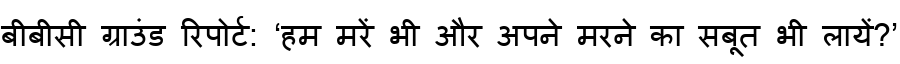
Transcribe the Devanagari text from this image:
बीबीसी ग्राउंड रिपोर्ट: ‘हम मरें भी और अपने मरने का सबूत भी लायें?’